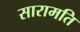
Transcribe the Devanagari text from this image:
सारामति